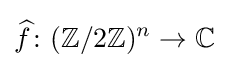
{\widehat {f}}\colon (\mathbb {Z} /2\mathbb {Z} )^{n}\to \mathbb {C}